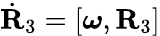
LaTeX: \dot{\mathbf R}_{3}=[{\boldsymbol\omega},{\mathbf R}_{3}]